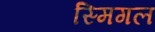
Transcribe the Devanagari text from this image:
स्मिगल